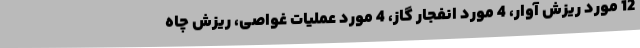
12 مورد ریزش آوار، 4 مورد انفجار گاز، 4 مورد عملیات غواصی، ریزش چاه